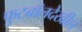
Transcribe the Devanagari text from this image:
फुटबॉलदेखील